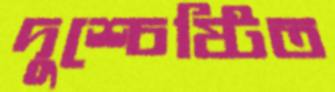
দুশ্চেষ্টিত